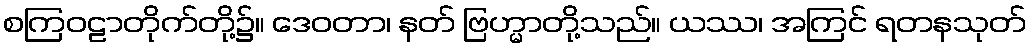
စကြဝဠာတိုက်တို့၌။ ဒေဝတာ၊ နတ် ဗြဟ္မာတို့သည်။ ယဿ၊ အကြင် ရတနသုတ်